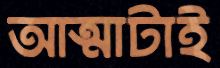
আত্মাটাই